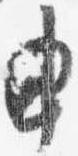
申